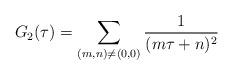
LaTeX: \begin{align*}G_2(\tau) = \sum_{(m, n) \neq (0,0)} \frac{1}{(m\tau + n)^2}\end{align*}